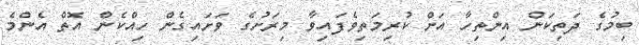
ބިމުގެ ދަތިކަން އިންތިހާ އަށް ކުރިމަތިވެފައިވާ މިރަށުގެ ވަށައިގެން ހިއްކެން އޮތް އެންމެ